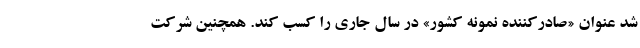
شد عنوان «صادرکننده نمونه کشور» در سال جاری را کسب کند. همچنین شرکت